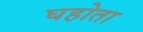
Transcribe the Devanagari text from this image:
घहोता